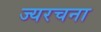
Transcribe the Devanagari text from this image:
ज्यरचना